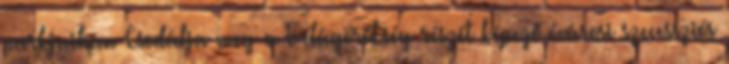
parkjaiban Csodálja meg a Világörökség részét képező óvárosi szecessziós